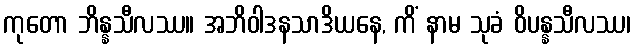
ကုတော ဘိန္နသီလဿ။ အဘိဝါဒနသာဒိယနေ, ကိံ နာမ သုခံ ဝိပန္နသီလဿ၊